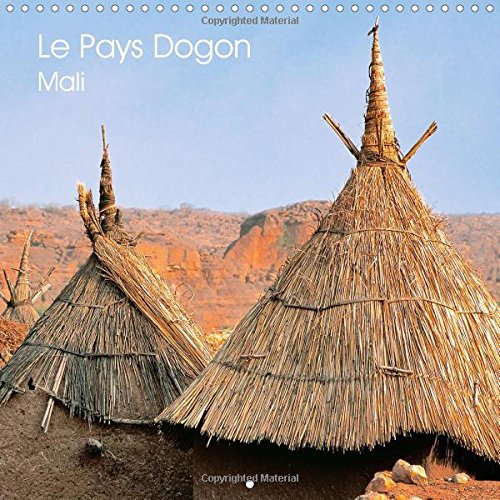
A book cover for Le Pays Dogon Mali: La Region est un Vaste Plateau S'elevant Progressivement Depuis le Fleuve Jusqu'a la Falaise. (Calvendo Places) (French Edition); Patrick Bombaert; Travel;